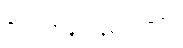
ဇင် ဘာမျှပြန်မပြောမိ။